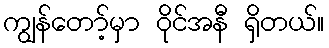
ကျွန်တော့်မှာ ဝိုင်အနီ ရှိတယ်။